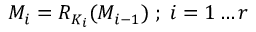
M _ { i } = R _ { K _ { i } } ( M _ { i - 1 } ) \; ; \; i = 1 \dots r